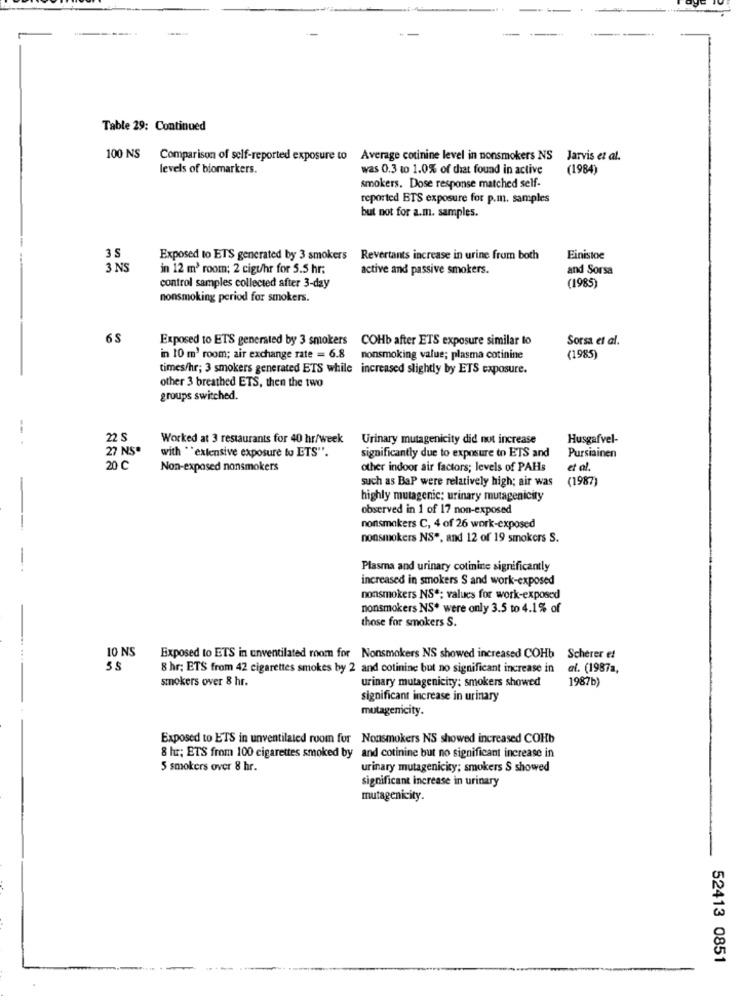
Table 29; Continued
100 NS
Comparison of self-reported exposure to Average cotinine level in nonsmokers NS Jarvis et al.
levels of biomarkers.
was 0.3 to 1.0% of chiat found in active
(1984)
smokers. Dose response matched self-
reported BTS exposure for p.m. samples
but not for a.m. samples.
3S
Exposed to ETS generated by 3 smokers Revertants increase in urine from both
Einistoe
3 NS
in 12 m' room; 2 cigt/hr for 5.5 hr;
active and passive smokers.
and Sorsa
control samples collected after 3-day
(1985)
nonsmoking period for smokers.
6S
Exposed to ETS generated by 3 smokers
COHb after ETS exposure similar to
Sorsa et al.
in 10 m' room; air exchange rate = 6.8
nonsmoking value; plasma cotinine
(1985)
times/hr; 3 smokers generated ETS while increased slightly by ETS exposure.
other 3 breathed ETS, then the two
groups switched.
22 S
Worked at 3 restaurants for 40 hr/week Urinary mutagenicity did not increase
Husgafvel-
27 NS*
with "extensive exposure to ETS".
significantly due to exposure to ETS and
Pursiainen
20 C
Non-exposed nonsmokers
other indoor air factors; levels of PAHs
et al.
such as BaP were relatively high; air was
(1987)
highly mutagenic; urinary mutagenicity
observed in 1 of 17 non-exposed
nonsmokers C, 4 of 26 work-exposed
nonsmokers NS *, and 12 of 19 smokers S.
-
Plasma and urinary cotinine significantly
increased in smokers S and work-exposed
nonsmokers NS *; values for work-exposed
nonsmokers NS* were only 3.5 to 4.1% of
those for smokers S.
10 NS
Exposed to ETS in unventilated room for Nonsmokers NS showed increased COHb
Scherer et
8 hr; ETS from 42 cigarettes smokes by 2 and cotinine but no significant increase in
al. (1987a,
smokers over 8 hr.
urinary mutagenicity: smokers showed
1987b)
significant increase in urinary
mutagencity.
Exposed to ETS in unventilated room for Nonsmokers NS showed increased COHb
8 hur; ETS from 100 cigarettes smoked by and cotinine but no significant increase in
5 smokers over 8 hr.
urinary mutagenicity; smokers S showed
significant increase in urinary
mutagenicity.
52413 0851